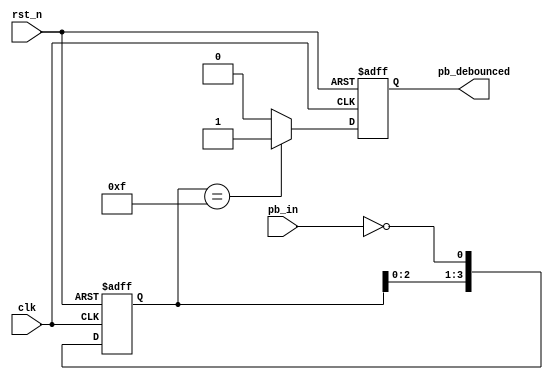
module debounce(
	clk,
	rst_n,
	pb_in,
	pb_debounced
);

// declare the I/Os
input clk;
input rst_n;
input pb_in;
output reg pb_debounced;

// declare the internal nodes
reg [3:0] debounce_window; // shift register flip flop
reg pb_debounced_next; // debounce result

// Shift register
always @(posedge clk or negedge rst_n)
if (~rst_n)
debounce_window <= 4'd0;
else
debounce_window <= {debounce_window[2:0],~pb_in}; 

// debounce circuit
always @*
if (debounce_window == 4'b1111) 
pb_debounced_next = 1'b1;
else
pb_debounced_next = 1'b0;

always @(posedge clk or negedge rst_n)
if (~rst_n)
pb_debounced <= 1'b0;
else
pb_debounced <= pb_debounced_next;

endmodule